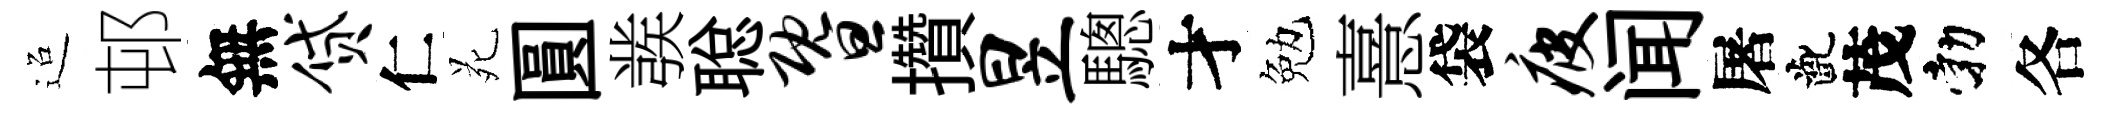
迢邨無贷仁苑圓彂聪暨攢昱驄才勉憙袋疲闻屠齔茂勃各